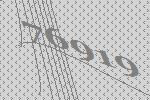
76919